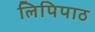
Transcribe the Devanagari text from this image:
लिपिपाठ